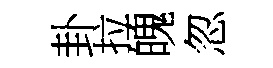
卦拉魄忽